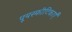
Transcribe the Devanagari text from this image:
पूयस्फीटिकाएँ